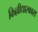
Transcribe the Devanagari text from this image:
किल्लीधारकास